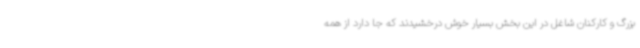
بزرگ و کارکنان شاغل در این بخش بسیار خوش درخشیدند که جا دارد از همه